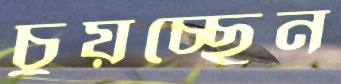
চুয়চ্ছেন